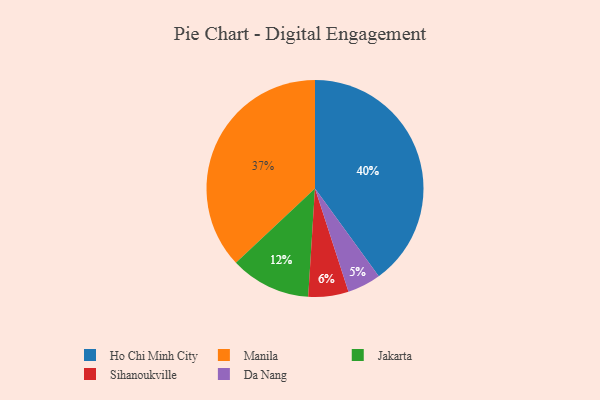
{"axis": {"x": "Category", "y": "Percentage"}, "legend": ["Da Nang", "Ho Chi Minh City", "Jakarta", "Manila", "Sihanoukville"], "data": [{"x": "Manila", "y": 37, "type": "Manila"}, {"x": "Ho Chi Minh City", "y": 40, "type": "Ho Chi Minh City"}, {"x": "Da Nang", "y": 5, "type": "Da Nang"}, {"x": "Jakarta", "y": 12, "type": "Jakarta"}, {"x": "Sihanoukville", "y": 6, "type": "Sihanoukville"}]}